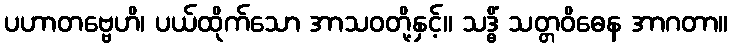
ပဟာတဗ္ဗေဟိ၊ ပယ်ထိုက်သော အာသဝတို့နှင့်။ သဒ္ဓိံ သတ္တဝိဓေန အာဂတာ။